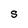
Character: S